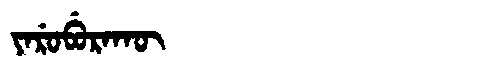
Manchu: ᠶᠠᡵᡠᠪᡠᡵᠠᡴᡡ
Romanization: YARUBURAKŪ